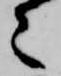
々